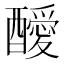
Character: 𨣥